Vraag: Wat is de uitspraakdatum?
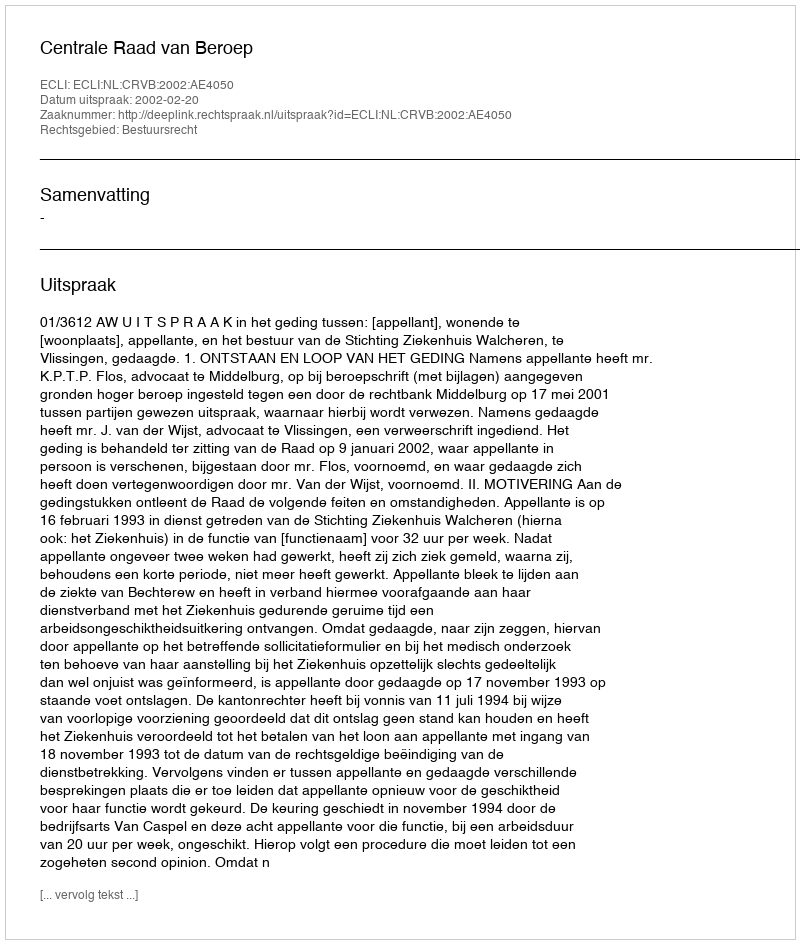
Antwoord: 2002-02-20